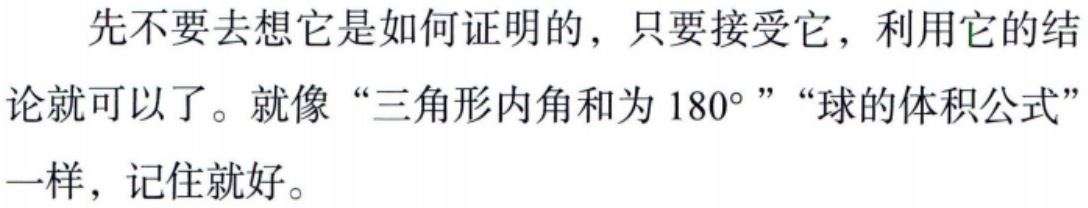
先不要去想它是如何证明的，只要接受它，利用它的结论就可以了。就像“三角形内角和为 \(180^{\circ}\)”“球的体积公式”一样，记住就好。